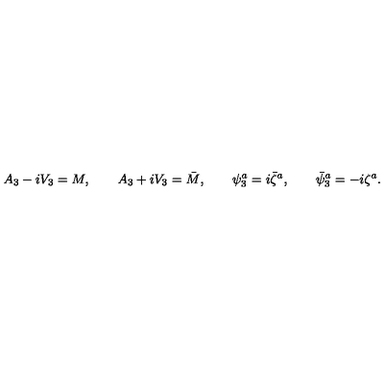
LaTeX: A _ { 3 } - i V _ { 3 } = M , \qquad A _ { 3 } + i V _ { 3 } = \bar { M } , \qquad \psi _ { 3 } ^ { a } = i \bar { \zeta } ^ { a } , \qquad \bar { \psi } _ { 3 } ^ { a } = - i \zeta ^ { a } .